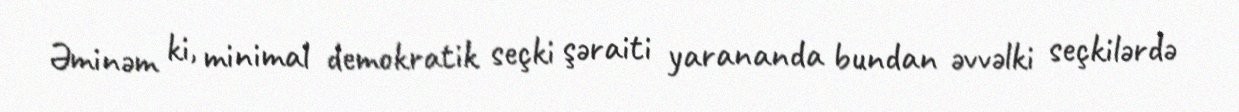
Əminəm ki, minimal demokratik seçki şəraiti yarananda bundan əvvəlki seçkilərdə